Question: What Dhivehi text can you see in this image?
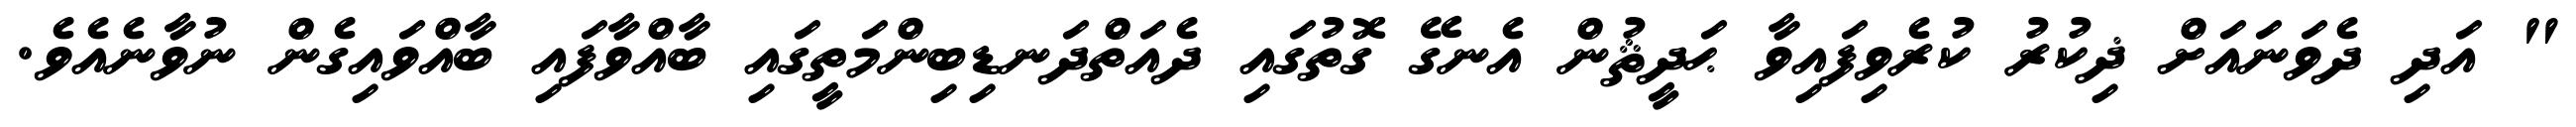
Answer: " އަދި ދެވަނައަށް ޛިކުރު ކުރެވިފައިވާ ޙަދީޘުން އެނގޭ ގޮތުގައި ދެއަތްދަނޑިބިންމަތީގައި ބާއްވާފައި ބާއްވައިގެން ނުވާނެއެވެ.